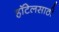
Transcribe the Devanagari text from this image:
हॉटेलसाठी